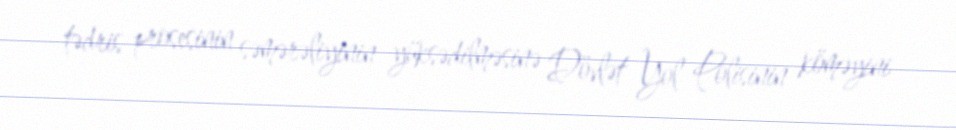
tədris prosesinin səmərəliyinin yüksədilməsinə Dövlət Yol Polisinin köməyini